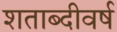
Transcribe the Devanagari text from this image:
शताब्दीवर्ष